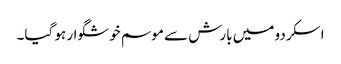
اسکردو میں بارش سے موسم خوشگوار ہو گیا۔